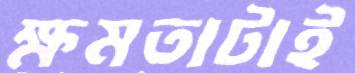
ক্ষমতাটাই